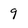
Character: 9